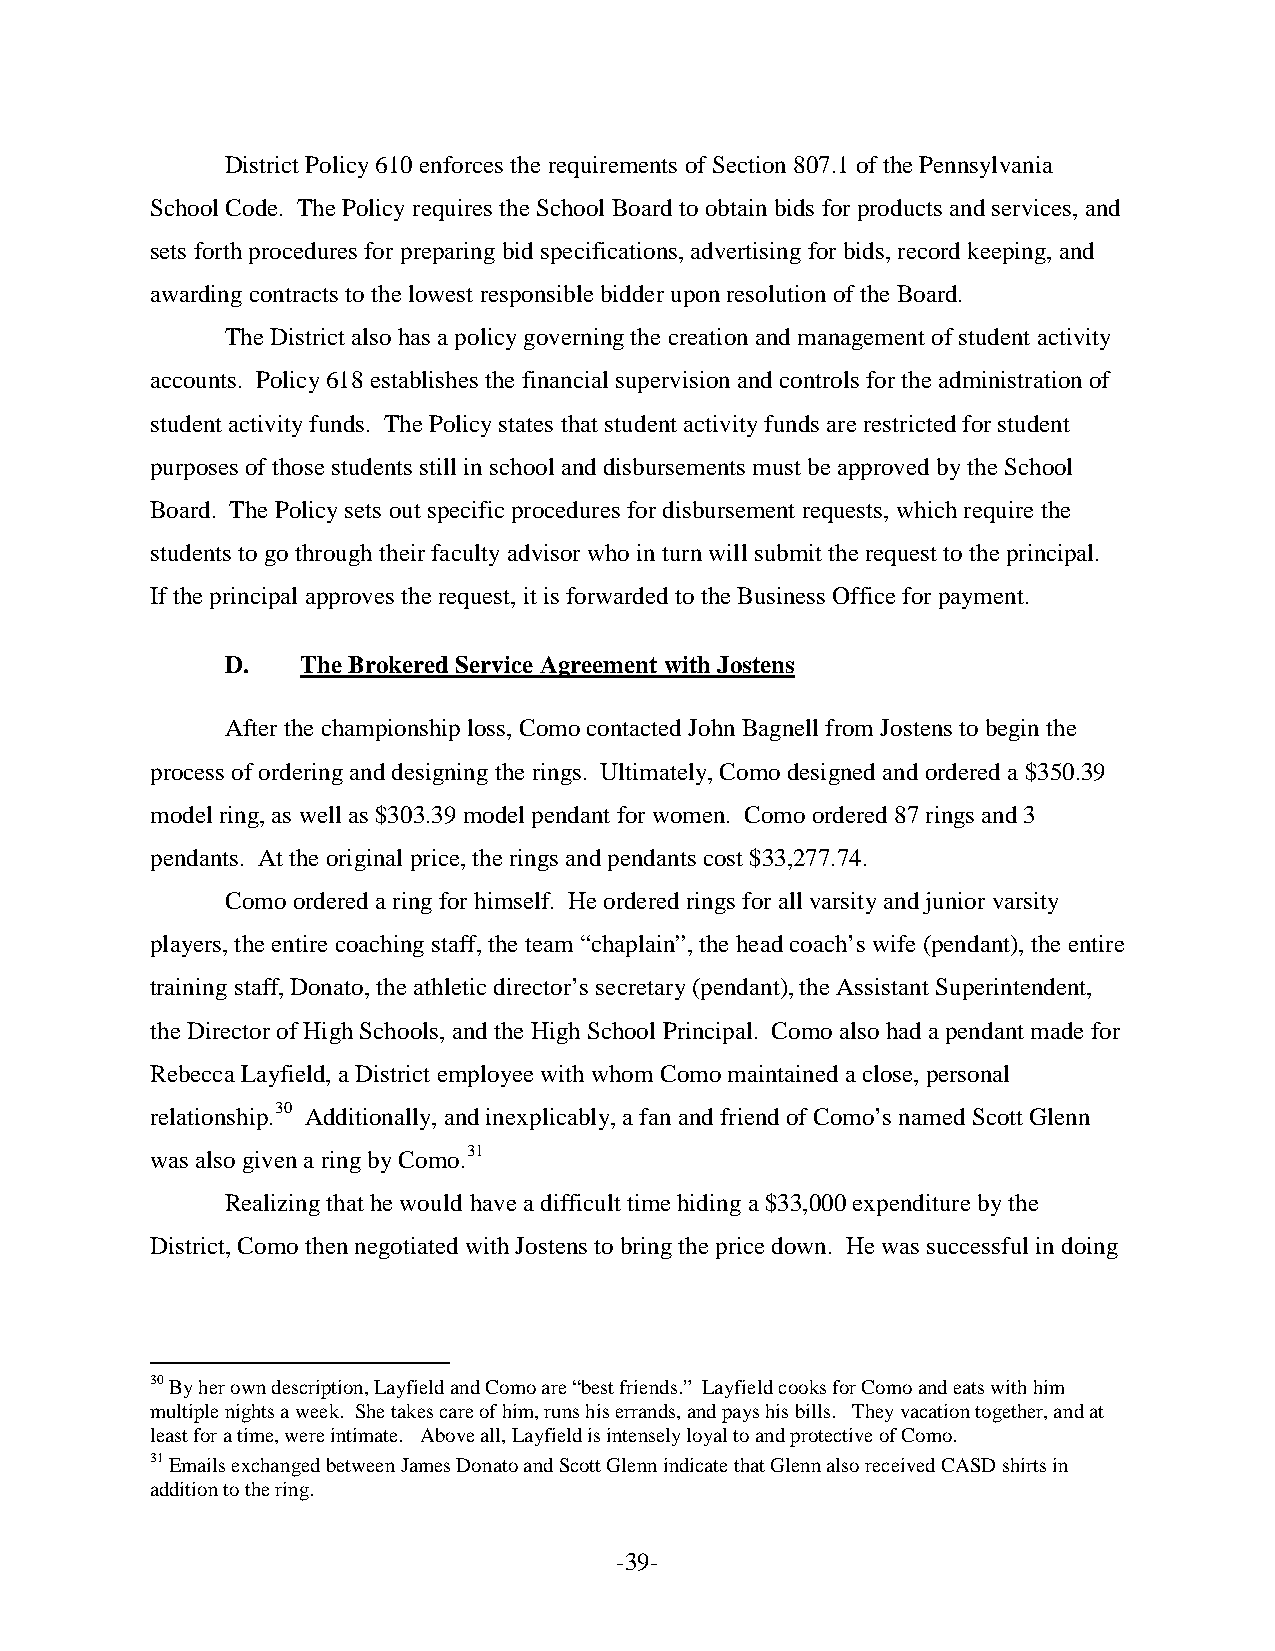
District Policy 610 enforces the requirements of Section 807.1 of the Pennsylvania
 School Code. The Policy requires the School Board to obtain bids for products and services, and
 sets forth procedures for preparing bid specifications, advertising for bids, record keeping, and
 awarding contracts to the lowest responsible bidder upon resolution of the Board.
 The District also has a policy governing the creation and management of student activity
 accounts. Policy 618 establishes the financial supervision and controls for the administration of
 student activity funds. The Policy states that student activity funds are restricted for student
 purposes of those students still in school and disbursements must be approved by the School
 Board. The Policy sets out specific procedures for disbursement requests, which require the
 students to go through their faculty advisor who in turn will submit the request to the principal.
 If the principal approves the request, it is forwarded to the Business Office for payment.
 D.   The Brokered Service Agreement with Jostens
 After the championship loss, Como contacted John Bagnell from Jostens to begin the
 process of ordering and designing the rings. Ultimately, Como designed and ordered a $350.39
 model ring, as well as $303.39 model pendant for women. Como ordered 87 rings and 3
 pendants. At the original price, the rings and pendants cost $33,277.74.
 Como ordered a ring for himself. He ordered rings for all varsity and junior varsity
 players, the entire coaching staff, the team “chaplain”, the head coach’s wife (pendant), the entire
 training staff, Donato, the athletic director’s secretary (pendant), the Assistant Superintendent,
 the Director of High Schools, and the High School Principal. Como also had a pendant made for
 Rebecca Layfield, a District employee with whom Como maintained a close, personal
 relationship.30 Additionally, and inexplicably, a fan and friend of Como’s named Scott Glenn
 was also given a ring by Como.31
 Realizing that he would have a difficult time hiding a $33,000 expenditure by the
 District, Como then negotiated with Jostens to bring the price down. He was successful in doing
 30 By her own description, Layfield and Como are “best friends.” Layfield cooks for Como and eats with him
 multiple nights a week. She takes care of him, runs his errands, and pays his bills. They vacation together, and at
 least for a time, were intimate. Above all, Layfield is intensely loyal to and protective of Como.
 31 Emails exchanged between James Donato and Scott Glenn indicate that Glenn also received CASD shirts in
 addition to the ring.
 -39-